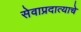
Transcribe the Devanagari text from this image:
सेवाप्रदात्याचे